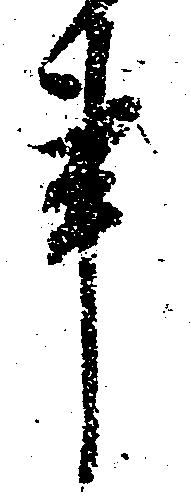
事